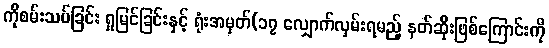
ကိုစမ်းသပ်ခြင်း ရှုမြင်ခြင်းနှင့် ရုံးအမှတ်(၁၇ လျှောက်လှမ်းရမည့် နတ်ဆိုးဖြစ်ကြောင်းကို